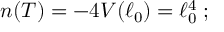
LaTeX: n ( T ) = - 4 V ( \ell _ { 0 } ) = \ell _ { 0 } ^ { 4 } \; ;